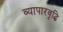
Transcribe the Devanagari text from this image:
व्यापारवृद्धि